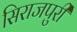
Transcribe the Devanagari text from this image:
सिराजपुरी